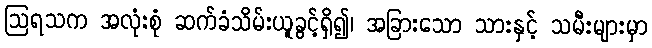
ဩရသက အလုံးစုံ ဆက်ခံသိမ်းယူခွင့်ရှိ၍၊ အခြားသော သားနှင့် သမီးများမှာ